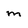
Character: m